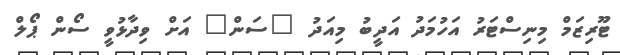
ޓޫރިޒަމް މިނިސްޓަރު އަހުމަދު އަދީބު މިއަދު "ސަން" އަށް ވިދާޅުވީ ސޯން ޕޯލް